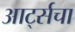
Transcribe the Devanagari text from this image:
आर्ट्सचा